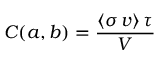
C ( a , b ) = { \frac { \langle \sigma \, v \rangle \, \tau } { V } }